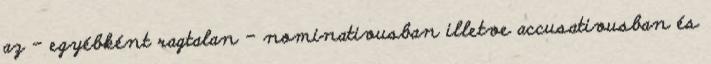
az – egyébként ragtalan – nominativusban illetve accusativusban és